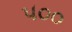
૫૦૦